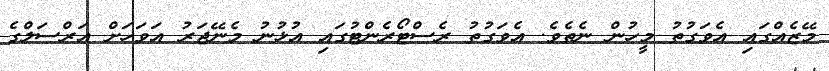
މޭޒެއްގައި އެވަގުތު މީހުން ނެތެވެ. އެވަގުތު ރެސްޓޯރެންޓުގައި އުޅުނު މެނޭޖަރު އަވަހަށް އަރްސަލްގެ